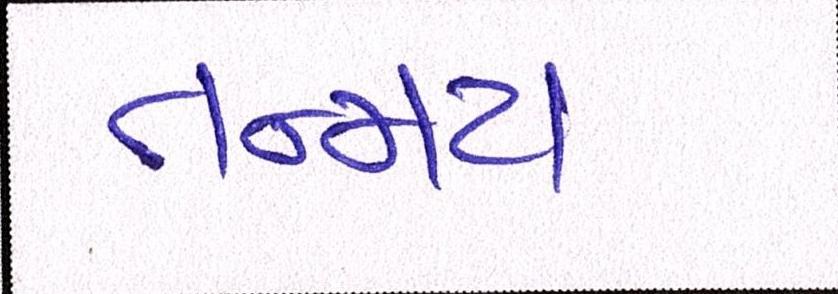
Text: તન્મય